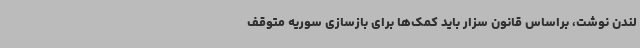
لندن نوشت، براساس قانون سزار باید کمک‌ها برای بازسازی سوریه متوقف